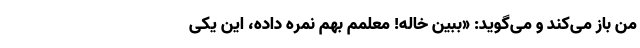
من باز می‌کند و می‌گوید: «ببین خاله! معلمم بهم نمره داده، این یکی